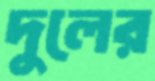
দুলের